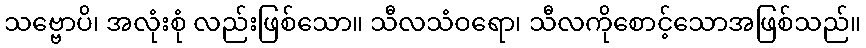
သဗ္ဗောပိ၊ အလုံးစုံ လည်းဖြစ်သော။ သီလသံဝရော၊ သီလကိုစောင့်သောအဖြစ်သည်။